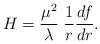
LaTeX: \begin{align*}H ={\mu^2\over\lambda}\; {1\over r}{df\over dr} .\end{align*}